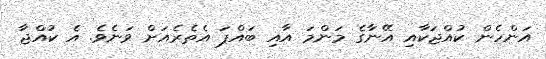
އަންހެން ކުއްޖަކާއި އޭނާގެ މަންމަ އާއި ބައްޕަ އެތެރެއަށް ވަނެވެ. އެ ކުއްޖާ